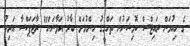
ގެ ހިއުމަން ރައިޓްސް ކޮމިޝަނުން ތަހްގީގު ހިންގުމަށް ބާރު އަޅާނަން" ރާޖަޕަކްސާ އަރިހު